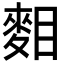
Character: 𪌔